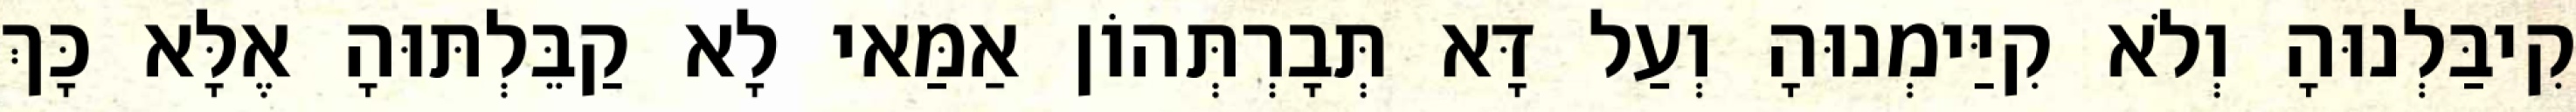
קִיבַּלְנוּהָ וְלֹא קִיַּימְנוּהָ וְעַל דָּא תְּבָרְתְּהוֹן אַמַּאי לָא קַבֵּלְתּוּהָ אֶלָּא כָּךְ